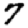
Digit: 7